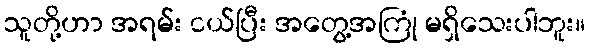
သူတို့ဟာ အရမ်း ငယ်ပြီး အတွေ့အကြုံ မရှိသေးပါဘူး။